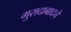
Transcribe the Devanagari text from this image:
मुरादाबादचे